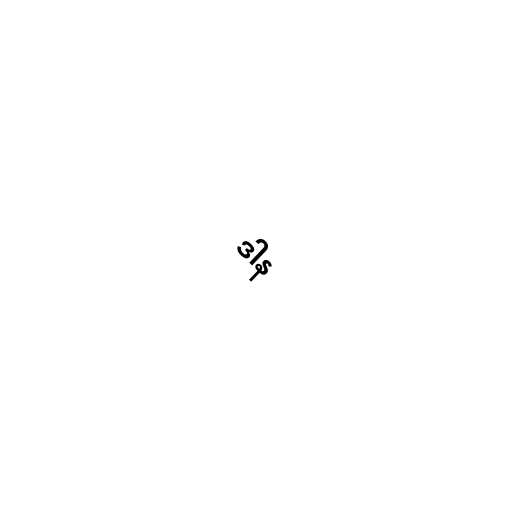
ဒါန